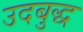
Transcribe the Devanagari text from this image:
उदबुद्ध